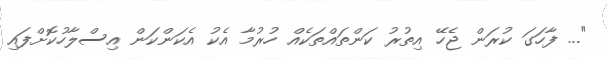
"... ފާހަގަ ކުރަން ޖެހޭ އިތުރު ކަންތައްތަކެއް ހުރުމާ އެކު އެކަންކަން އިސްލާހުކޮށްފައި